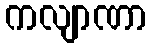
ကလျာဏာ